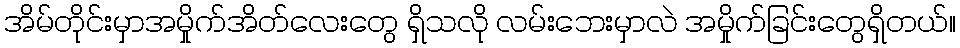
အိမ်တိုင်းမှာအမှိုက်အိတ်လေးတွေ ရှိသလို လမ်းဘေးမှာလဲ အမှိုက်ခြင်းတွေရှိတယ်။